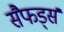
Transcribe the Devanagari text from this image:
सैफर्ड्स